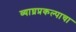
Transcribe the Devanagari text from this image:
व्याघ्रप्रकल्पाचा